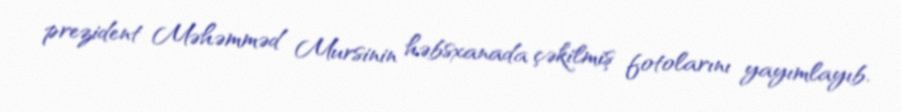
prezident Məhəmməd Mursinin həbsxanada çəkilmiş fotolarını yayımlayıb.